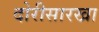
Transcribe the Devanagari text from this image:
दोरीसारखा